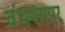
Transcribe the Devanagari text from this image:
वंधनागार